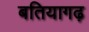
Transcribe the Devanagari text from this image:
बतियागढ़